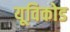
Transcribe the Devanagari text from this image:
यूविकोड